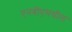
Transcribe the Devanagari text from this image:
एनबीएमधील